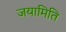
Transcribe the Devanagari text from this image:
जयामिति